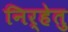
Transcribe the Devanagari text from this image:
निर्हेतु